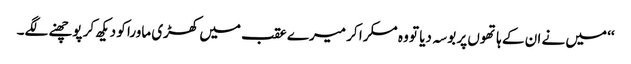
‘‘ میں نے ان کے ہاتھوں پر بوسہ دیا تو وہ مسکرا کر میرے عقب میں کھڑی ماورا کو دیکھ کر پوچھنے لگے۔